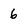
Character: 6